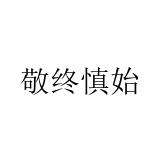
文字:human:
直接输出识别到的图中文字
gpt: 敬终慎始